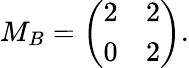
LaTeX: M_{B}={\left(\begin{array}{ll}{2}&{2}\\ {0}&{2}\end{array}\right)}.